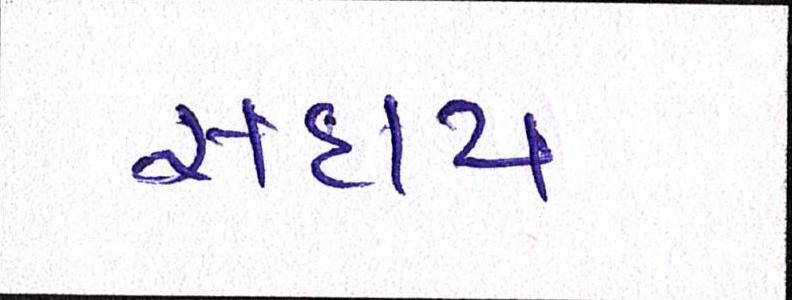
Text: સદાય